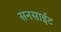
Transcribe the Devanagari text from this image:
सनसाईट